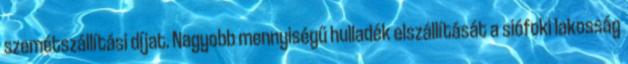
szemétszállítási díjat. Nagyobb mennyiségű hulladék elszállítását a siófoki lakosság